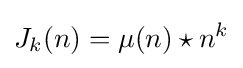
J_{k}(n)=\mu (n)\star n^{k}